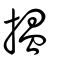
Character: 搵